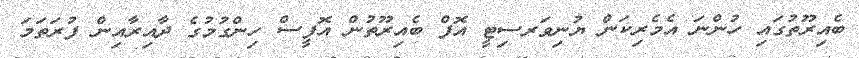
ބެއިރޫތުގައި ހުންނަ އެމެރިކަން ޔުނިވަރސިޓީ އޮފް ބެއިރޫތުން އޮފީސް ހިންގުމުގެ ދާއިރާއިން ފުރަތަމަ